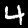
Digit: 4